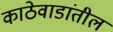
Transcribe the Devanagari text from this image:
काठेवाडांतील